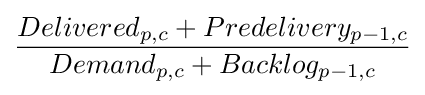
{\frac {Delivered_{p,c}+Predelivery_{p-1,c}}{Demand_{p,c}+Backlog_{p-1,c}}}